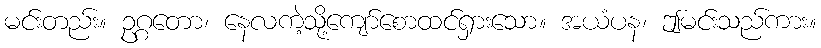
မင်းတည်း။ ဥဂ္ဂတော၊ နေလကဲ့သို့ကျော်စောထင်ရှားသော။ အယံပန၊ ဤမင်းသည်ကား။